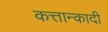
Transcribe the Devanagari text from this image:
कत्तान्कादी